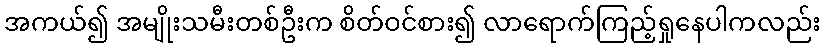
အကယ်၍ အမျိုးသမီးတစ်ဦးက စိတ်ဝင်စား၍ လာရောက်ကြည့်ရှုနေပါကလည်း